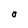
Character: O